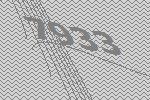
7933